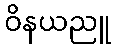
ဝိနယညူ